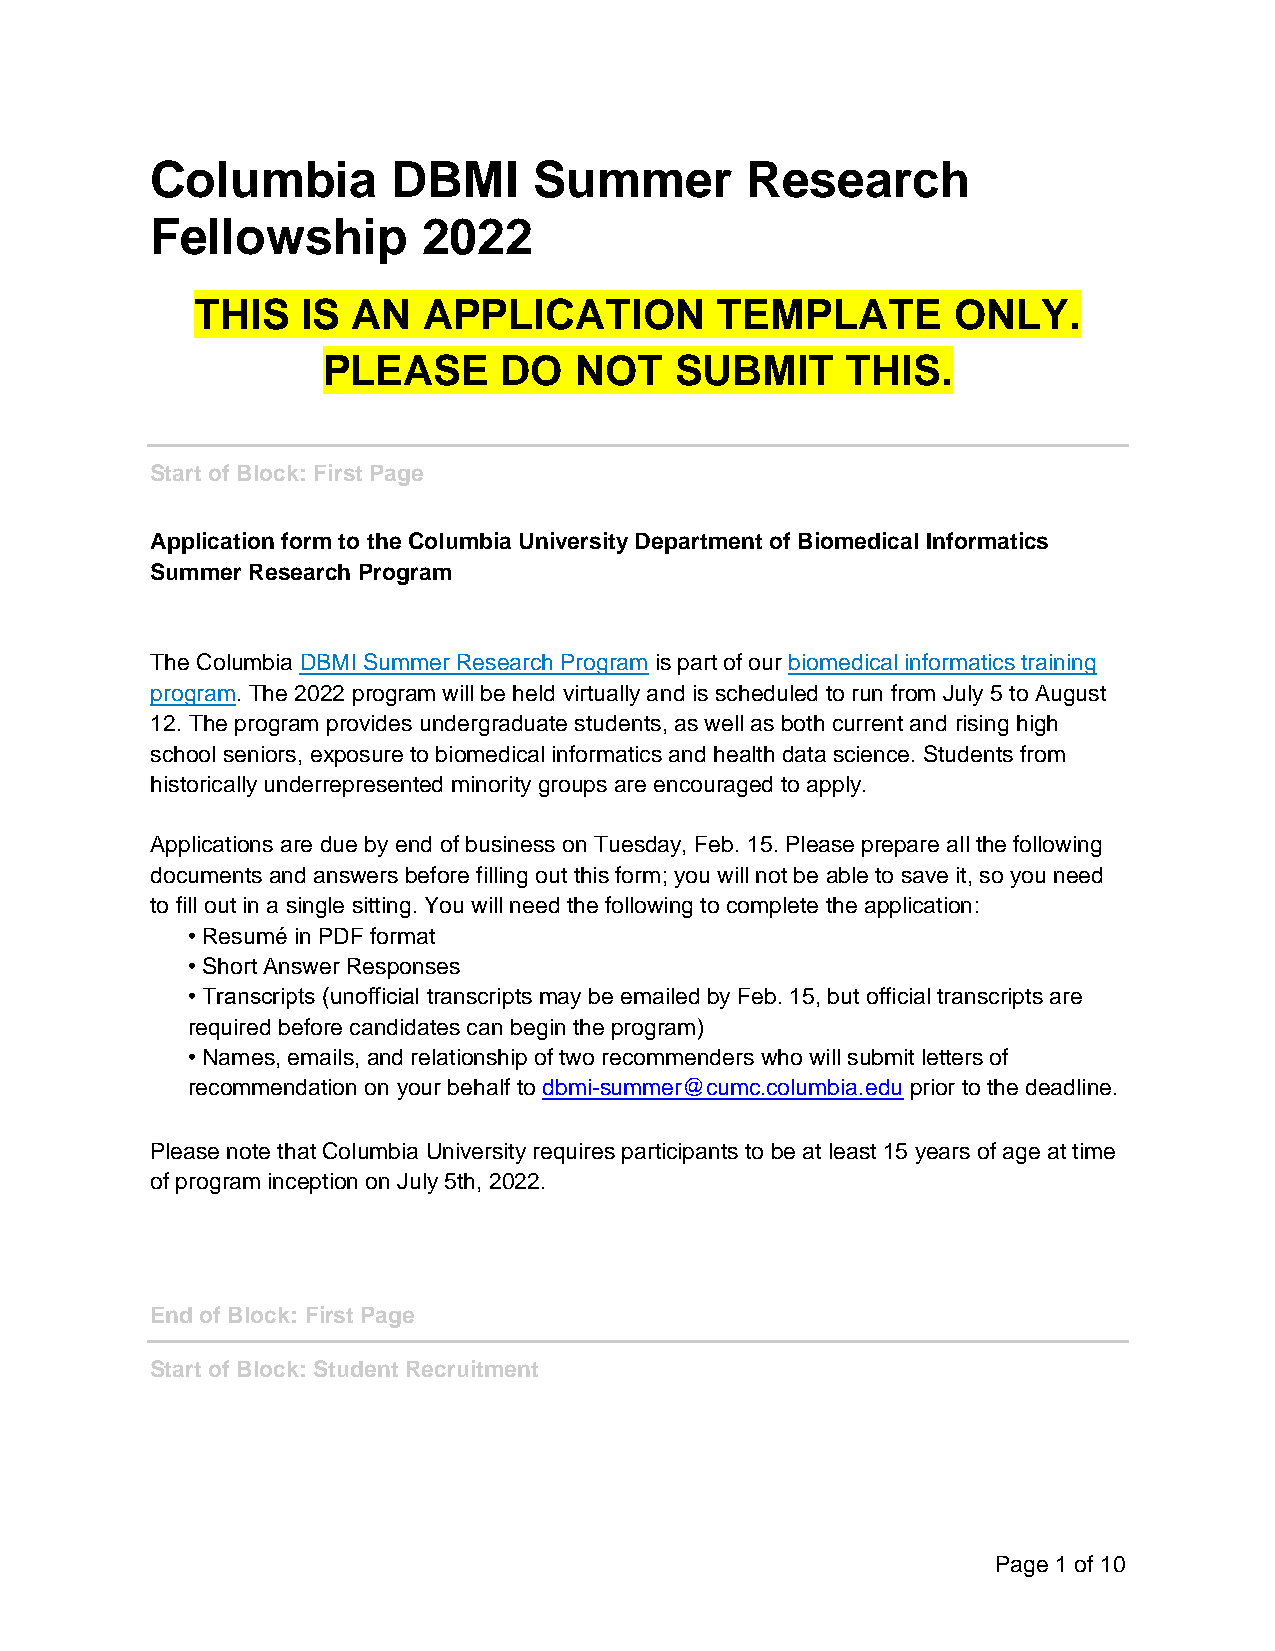
Columbia        DBMI     Summer        Research
 Fellowship        2022
 THIS   IS AN   APPLICATION        TEMPLATE        ONLY.
 PLEASE      DO   NOT    SUBMIT     THIS.
 Start of Block: First Page
 Application form to the Columbia University Department of Biomedical Informatics
 Summer Research Program
 The Columbia DBMI Summer Research Program is part of our biomedical informatics training
 program. The 2022 program will be held virtually and is scheduled to run from July 5 to August
 12. The program provides undergraduate students, as well as both current and rising high
 school seniors, exposure to biomedical informatics and health data science. Students from
 historically underrepresented minority groups are encouraged to apply.
 Applications are due by end of business on Tuesday, Feb. 15. Please prepare all the following
 documents and answers before filling out this form; you will not be able to save it, so you need
 to fill out in a single sitting. You will need the following to complete the application:
 • Resumé in PDF format
 • Short Answer Responses
 • Transcripts (unofficial transcripts may be emailed by Feb. 15, but official transcripts are
 required before candidates can begin the program)
 • Names, emails, and relationship of two recommenders who will submit letters of
 recommendation on your behalf to dbmi-summer@cumc.columbia.edu prior to the deadline.
 Please note that Columbia University requires participants to be at least 15 years of age at time
 of program inception on July 5th, 2022.
 End of Block: First Page
 Start of Block: Student Recruitment
 Page 1 of 10